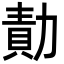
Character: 勣